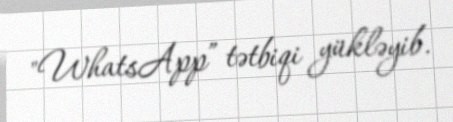
"WhatsApp” tətbiqi yükləyib.